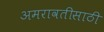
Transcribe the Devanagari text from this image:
अमरावतीसाठी